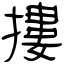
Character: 摟